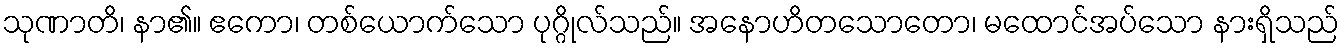
သုဏာတိ၊ နာ၏။ ဧကော၊ တစ်ယောက်သော ပုဂ္ဂိုလ်သည်။ အနောဟိတသောတော၊ မထောင်အပ်သော နားရှိသည်